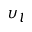
\upsilon _ { l }